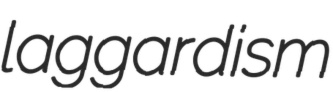
laggardism